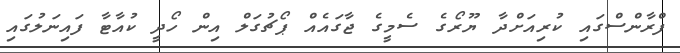
ފްރާންސްގައި ކުރިއަށްދާ ޔޫރޯގެ ސެމީގެ ޖާގައެއް ޕޯޗުގަލް އިން ހޯދީ ކުއާޓާ ފައިނަލުގައި